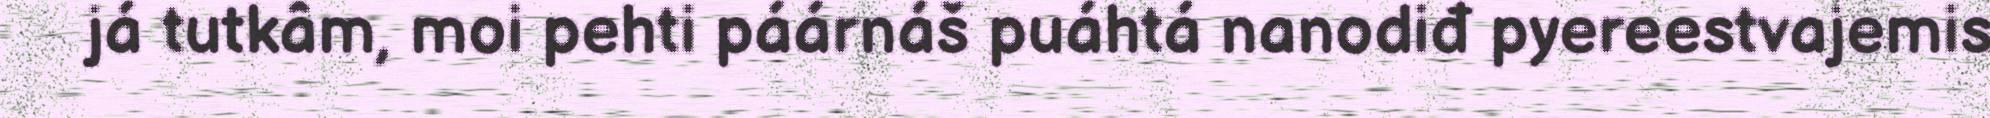
já tutkâm, moi pehti páárnáš puáhtá nanodiđ pyereestvajemis